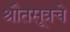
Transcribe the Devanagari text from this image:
श्रौतसूत्रचे